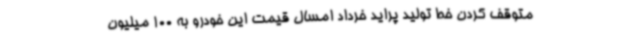
متوقف کردن خط تولید پراید خرداد امسال قیمت این خودرو به 100 میلیون